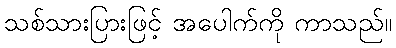
သစ်သားပြားဖြင့် အပေါက်ကို ကာသည်။